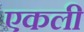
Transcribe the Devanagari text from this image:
एकली